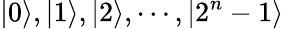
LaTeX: |0\rangle,|1\rangle,|2\rangle,\cdots,|2^{n}-1\rangle